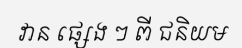
វាន ផ្សេង ៗ ពី ជនិយម